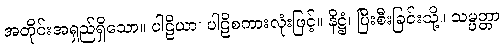
အတိုင်းအရှည်ရှိသော။ ပါဠိယာ၊ ပါဠိစကားလုံးဖြင့်။ နိဋ္ဌံ၊ ပြီးစီးခြင်းသို့။ သမ္ပတ္တာ